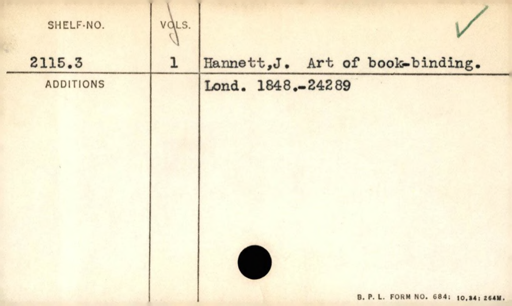
Label: content